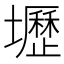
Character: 壢